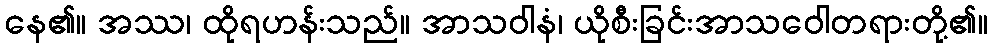
နေ၏။ အဿ၊ ထိုရဟန်းသည်။ အာသဝါနံ၊ ယိုစီးခြင်းအာသဝေါတရားတို့၏။